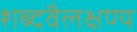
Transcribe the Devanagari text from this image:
शब्दवैलक्षण्य